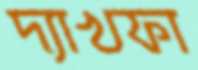
দ্যাখফা